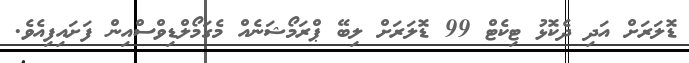
ޑޮލަރަށް އަދި ދެކޮޅު ޓިކެޓް 99 ޑޮލަރަށް ލިބޭ ޕްރަމޯޝަނެއް މެގަމޯލްޑިވްސްއިން ފަށައިފިއެވެ.